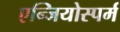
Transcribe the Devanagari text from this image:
एन्जियोस्पर्म